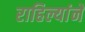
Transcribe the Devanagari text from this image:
राहिल्यांने